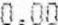
0.00